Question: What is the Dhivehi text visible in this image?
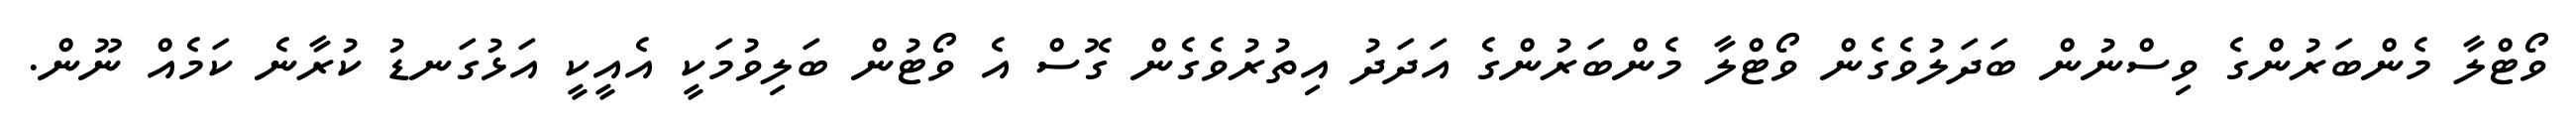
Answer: ވޯޓްލާ މެންބަރުންގެ ވިސްނުން ބަދަލުވެގެން ވޯޓްލާ މެންބަރުންގެ އަދަދު އިތުރުވެގެން ގޮސް އެ ވޯޓުން ބަލިވުމަކީ އެއީކީ އަޅުގަނޑު ކުރާނެ ކަމެއް ނޫން.